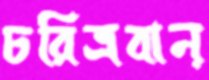
চরিত্রবান্‌